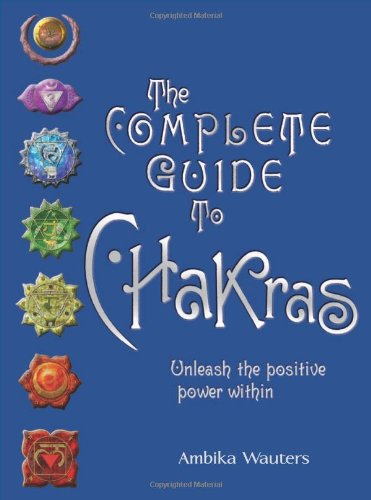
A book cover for The Complete Guide to Chakras: Vintage Edition: Unleash the Positive Power Within; Ambika Wauters; Religion & Spirituality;